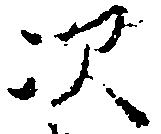
次